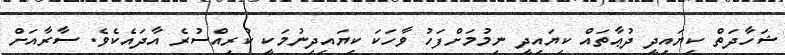
ޝަހާދަތް ކިޔައިދީ ދުޢާތައް ކިޔައިދީ ނިމުމަށްފަހު ވާހަކަ ކިޔައިދިނުމަކީ ކުރިއްސުރެ އާދައެކެވެ. ސާރާއަށް